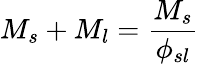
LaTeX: M_{s}+M_{l}={\frac{M_{s}}{\phi_{sl}}}